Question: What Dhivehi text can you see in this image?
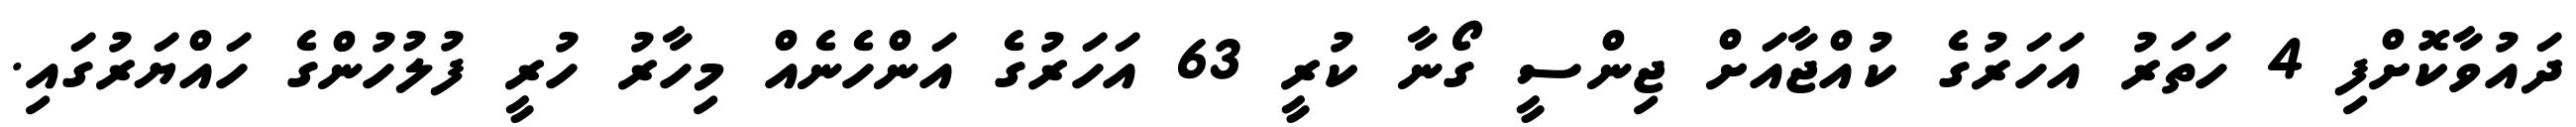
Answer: ދައުވާކޮށްފި 4 ހަތަރު އަހަރުގެ ކުއްޖާއަށް ޖިންސީ ގޯނާ ކުރީ 63 އަހަރުގެ އަންހެނެއް މިހާރު ހުރީ ފުލުހުންގެ ހައްޔަރުގައި.